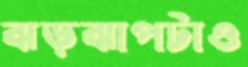
ঝড়ঝাপটাও